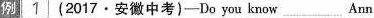
例 1 ( 2017·安微中考)-Do you know___Ann